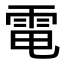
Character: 電